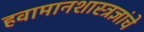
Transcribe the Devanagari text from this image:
हवामानशास्त्रज्ञांचे